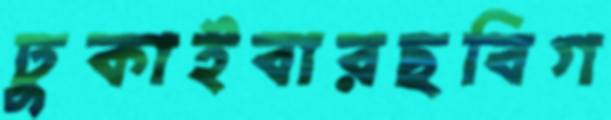
ঢুকাইবারছবিগ